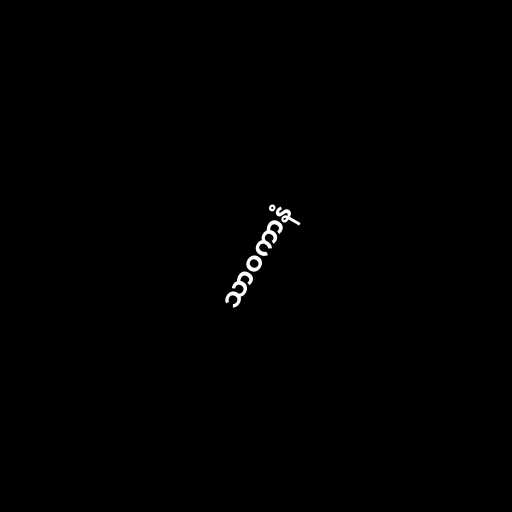
သာဝကာနံ